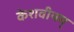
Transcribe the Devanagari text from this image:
केशवीयम्